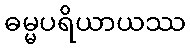
ဓမ္မပရိယာယဿ